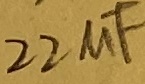
Text: 22uF